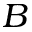
B